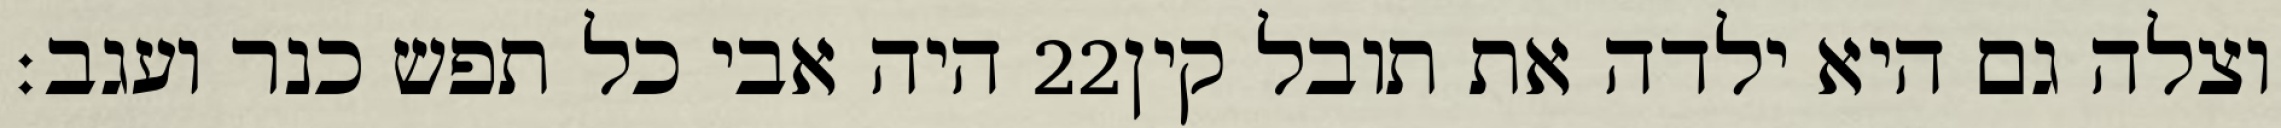
היה אבי כל תפש כנר ועגב׃ ‎22‏ וצלה גם היא ילדה את תובל קין